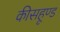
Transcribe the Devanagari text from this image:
कीसहूण्ड